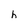
Character: h